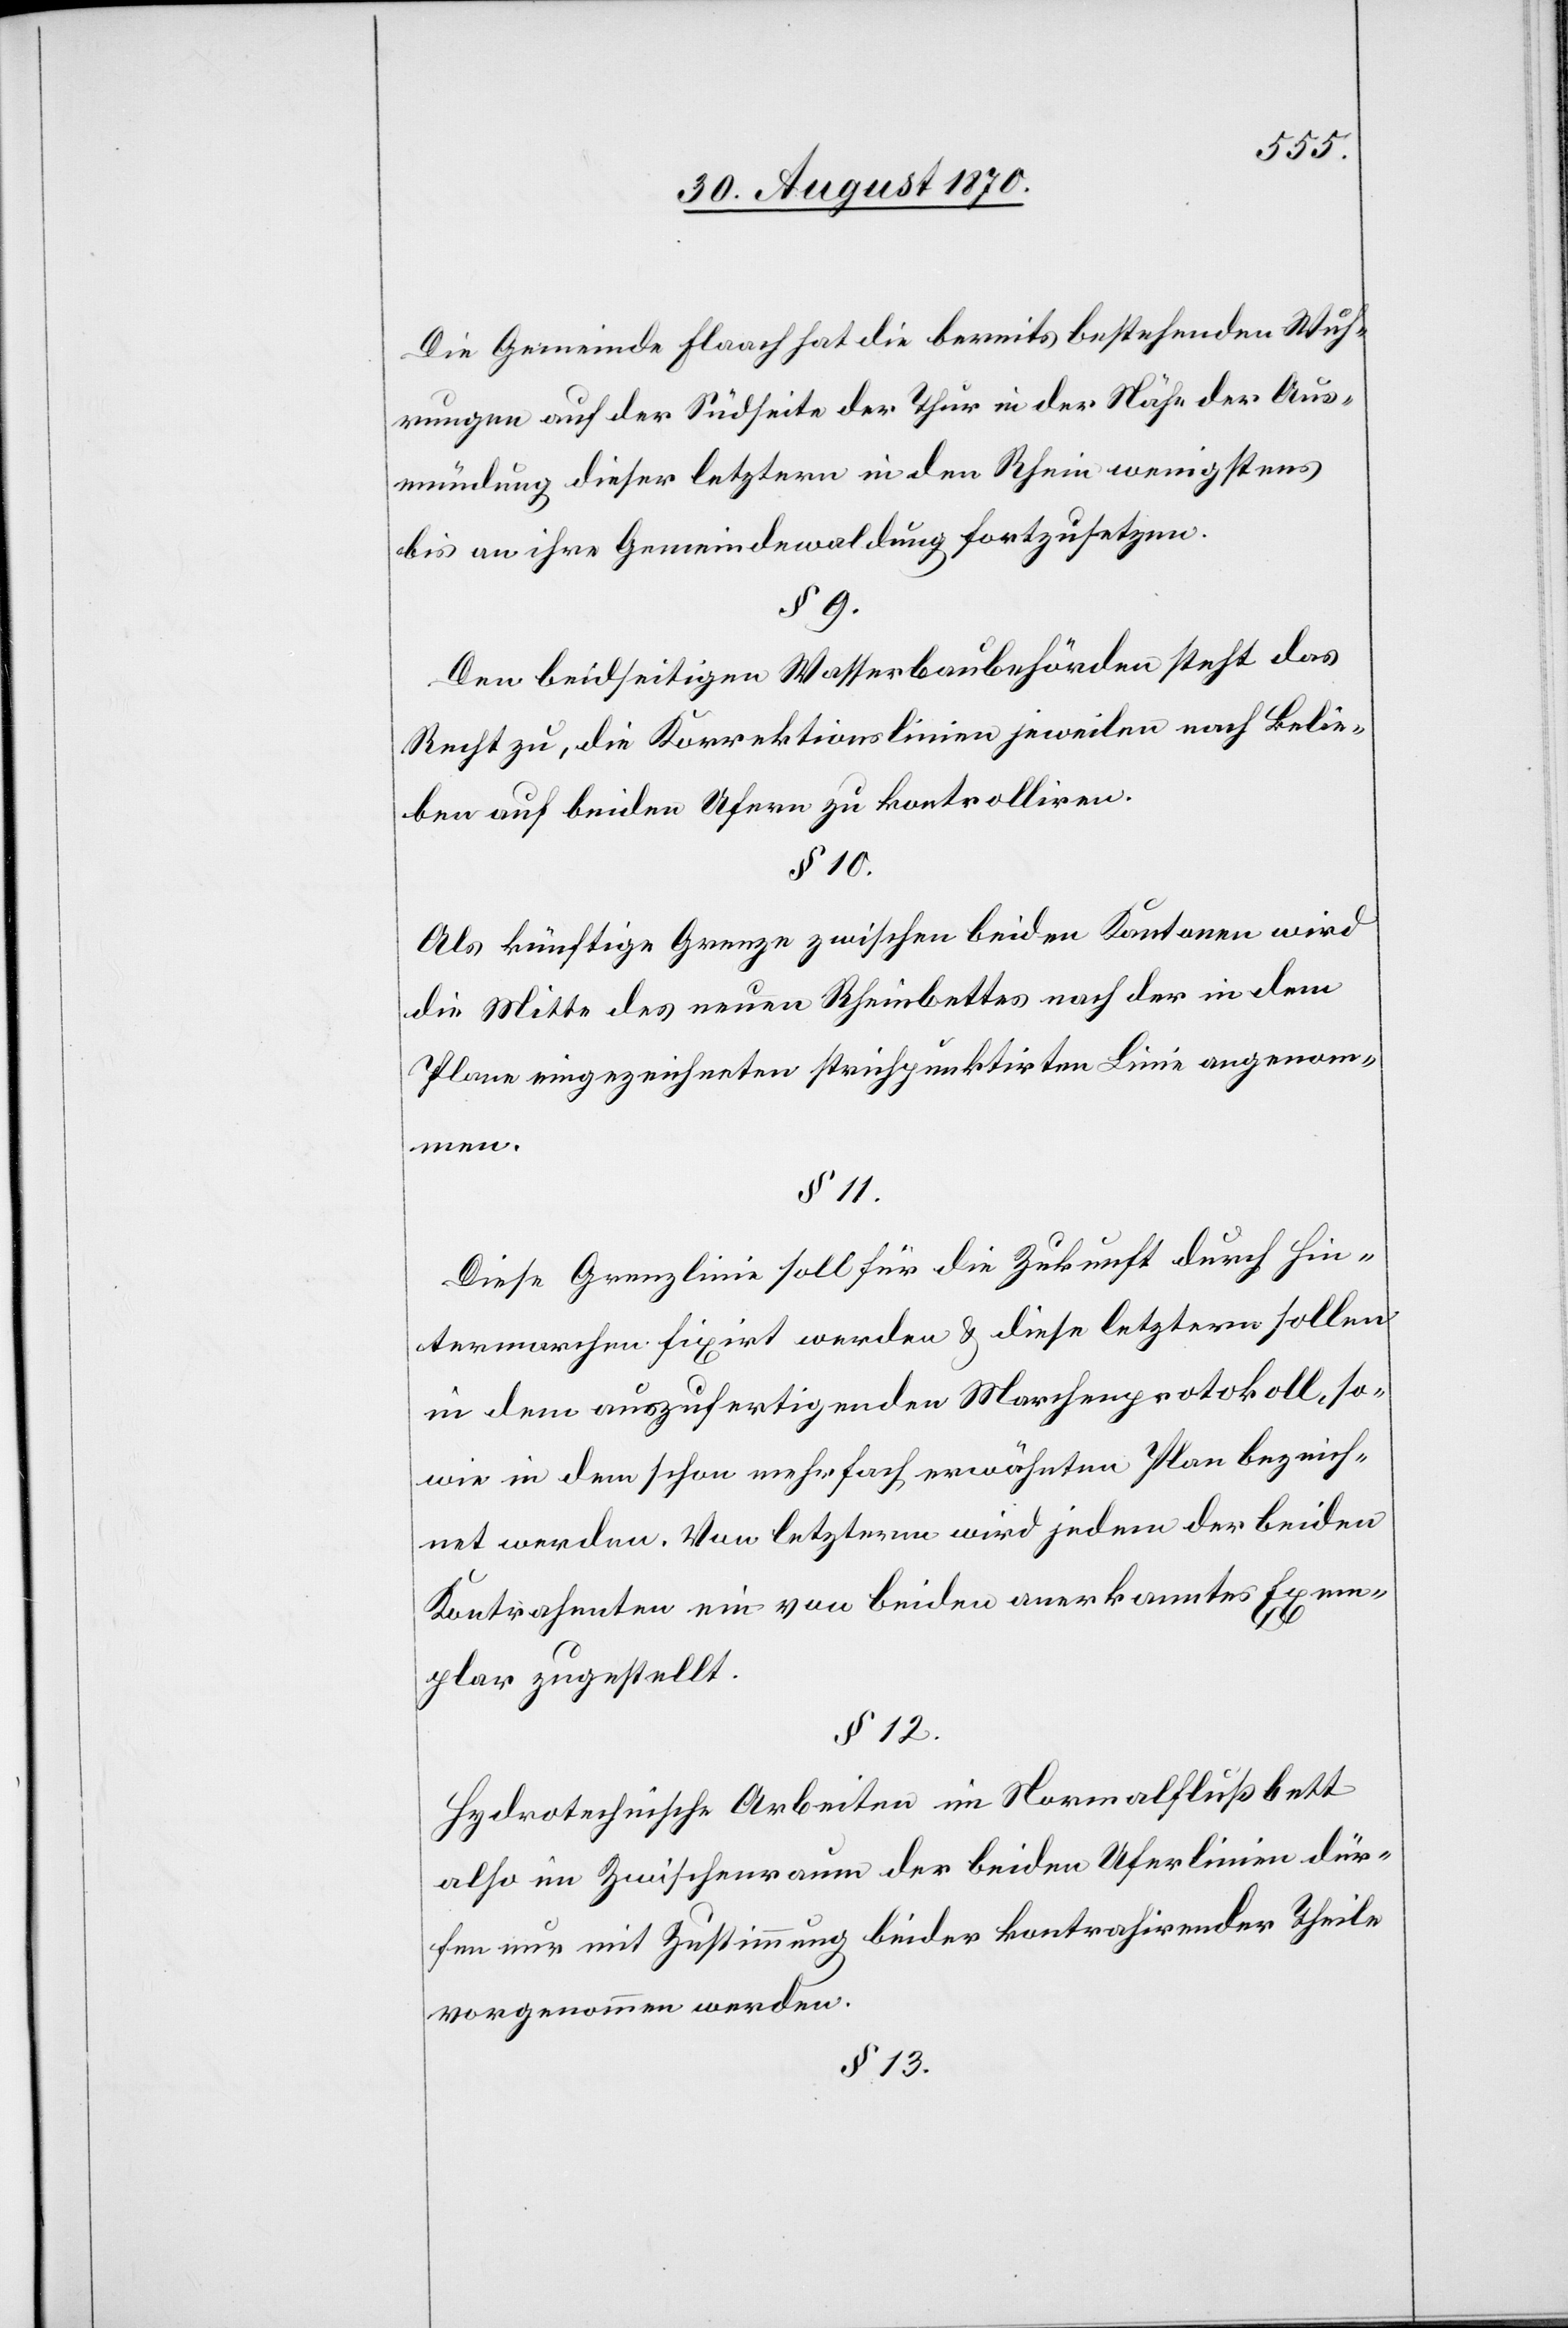
Die Gemeinde Flaach hat die bereits bestehenden Wuh¬
rungen auf der Südseite der Thur in der Nähe der Aus¬
mündung dieser letztern in den Rhein wenigstens
bis an ihre Gemeindewaldung fortzusetzen.
§ 9.
Den beidseitigen Wasserbehörden steht das
Recht zu, die Korrektionslinien jeweilen nach Belie¬
ben auf beiden Ufern zu kontrolliren.
§ 10.
Als künftige Grenze zwischen beiden Kantonen wird
die Mitte des neuen Rheinbettes nach der in dem
Plane eingezeichneten strichpunktirten Linie angenom¬
men.
§ 11.
Diese Grenzlinie soll für die Zukunft durch Hin¬
termarchen fixirt werden & diese letztern sollen
in dem auszufertigenden Marchenprotokoll, so¬
wie in dem schon mehrfach erwähnten Plan bezeich¬
nete werden. Von letzterm wird jedem der beiden
Kontrahenten ein von beiden anerkanntes Exem¬
plar zugestellt.
§ 12.
Hydrotechnische Arbeiten im Normalflußbett
also im Zwischenraum der beiden Uferlinien dür¬
fen nur mit Zustimmung beider kontrahirender Theile
vorgenommen werden.
§ 13.